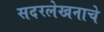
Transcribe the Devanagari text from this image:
सदरलेखनाचे